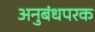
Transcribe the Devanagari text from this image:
अनुबंधपरक